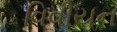
વિવીયન